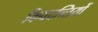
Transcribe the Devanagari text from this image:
किवदन्तियों